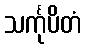
သင်္ကုပိတံ